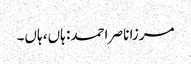
مرزا ناصر احمد: ہاں، ہاں۔